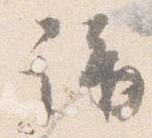
講